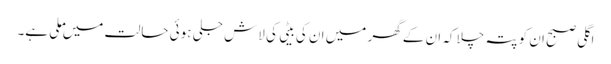
اگلی صبح ان کو پتہ چلا کہ ان کے گھر میں ان کی بیٹی کی لاش جلی ہوئی حالت میں ملی ہے۔